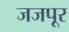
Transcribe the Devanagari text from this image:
जजपूर